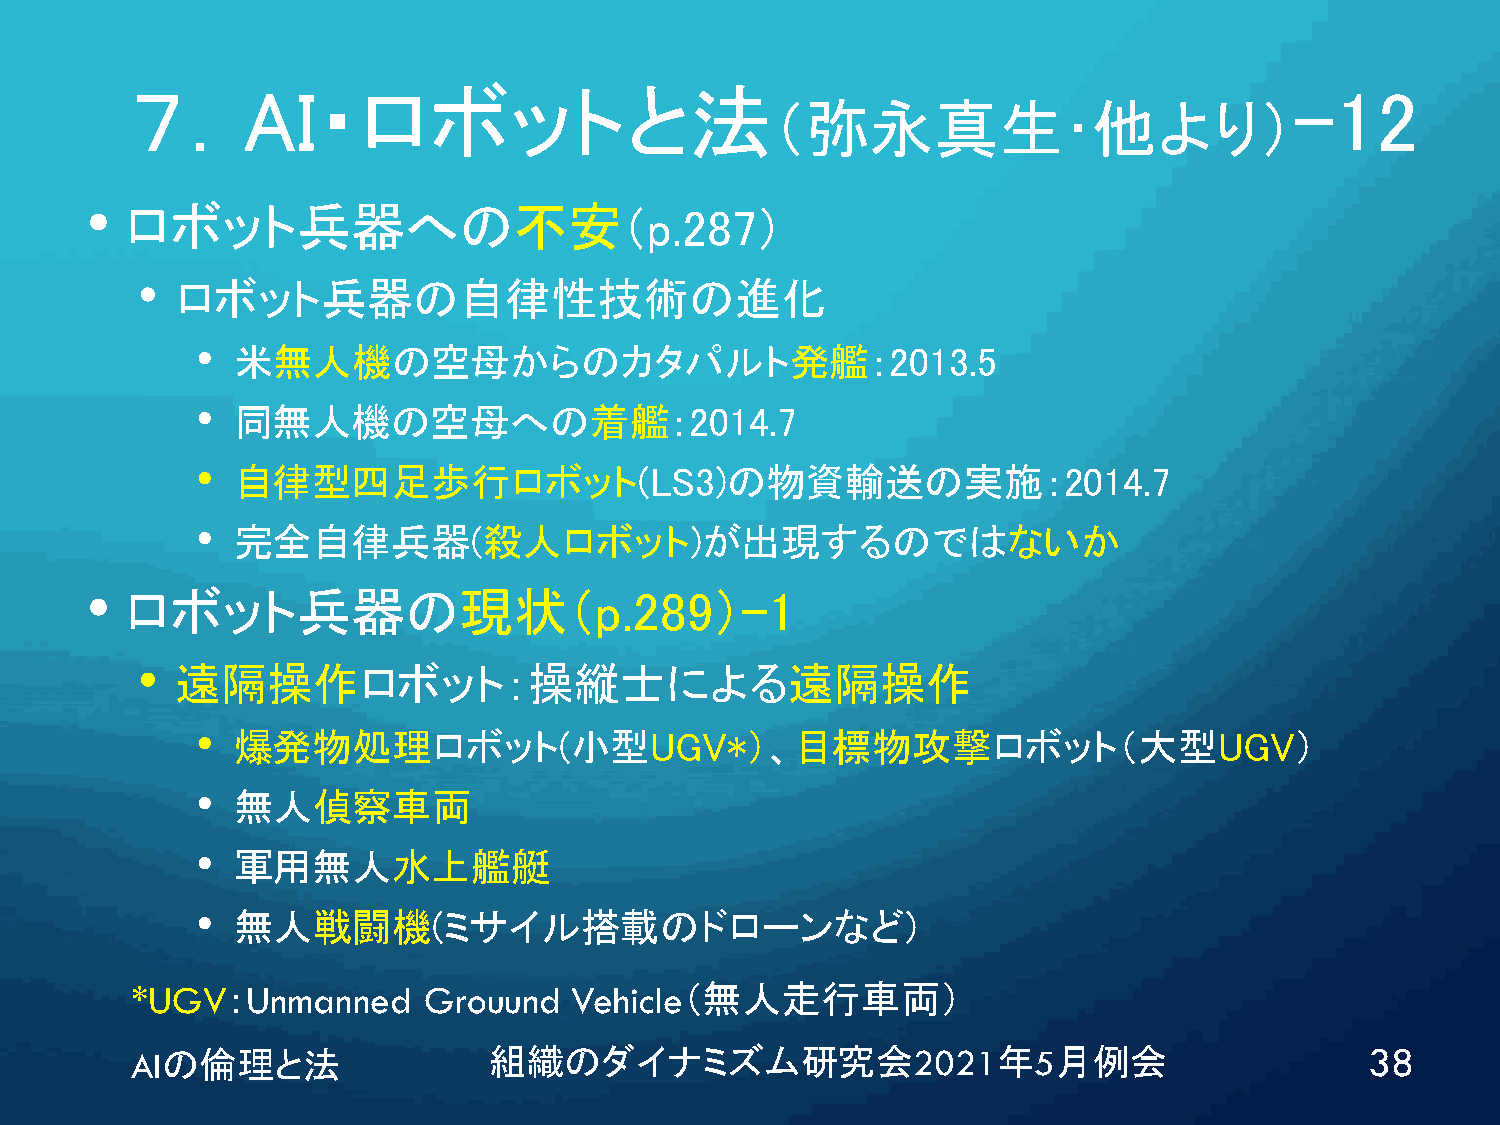
７．AI・ロボットと法                                                                  -12
 （弥永真生･他より）
 •
 ロボット兵器への不安（p.287）
 •  ロボット兵器の自律性技術の進化
 • 米無人機の空母からのカタパルト発艦：2013.5
 • 同無人機の空母への着艦：2014.7
 • 自律型四足歩行ロボット(LS3)の物資輸送の実施：2014.7
 • 完全自律兵器(殺人ロボット)が出現するのではないか
 •
 ロボット兵器の現状（p.289）-1
 •  遠隔操作ロボット：操縦士による遠隔操作
 • 爆発物処理ロボット(小型UGV*）、目標物攻撃ロボット（大型UGV）
 • 無人偵察車両
 • 軍用無人水上艦艇
 • 無人戦闘機(ミサイル搭載のドローンなど)
 *UGV：Unmanned      Grouund   Vehicle（無人走行車両）
 AIの倫理と法                組織のダイナミズム研究会2021年5月例会                                      38